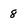
Character: 8